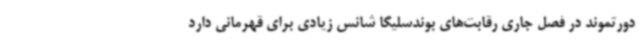
دورتموند در فصل جاری رقابت‌های بوندسلیگا شانس زیادی برای قهرمانی دارد